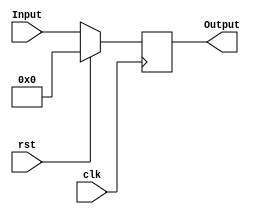
module Register(clk, rst, Input, Output);
	input [31:0] Input;
	input clk, rst;
	output [31:0] Output;
	reg [31:0] Output;
	//initial begin Output <= 32'b0; end
	always@(posedge clk)begin
		if(rst) 
			Output <= 32'b0;
		else Output <= Input;
	end
endmodule